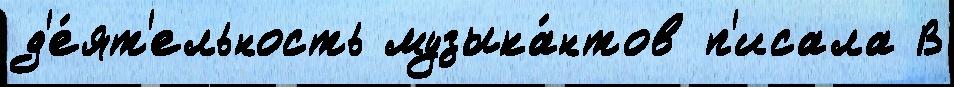
д'е́ят'ельность музыка́нтов п'исала В